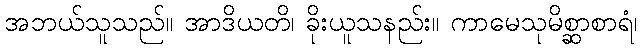
အဘယ်သူသည်။ အာဒိယတိ၊ ခိုးယူသနည်း။ ကာမေသုမိစ္ဆာစာရံ၊